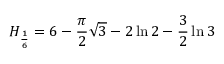
H _ { \frac { 1 } { 6 } } = 6 - { \frac { \pi } { 2 } } { \sqrt { 3 } } - 2 \ln { 2 } - { \frac { 3 } { 2 } } \ln { 3 }